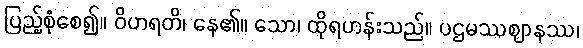
ပြည့်စုံစေ၍။ ဝိဟရတိ၊ နေ၏။ သော၊ ထိုရဟန်းသည်။ ပဌမဿဈာနဿ၊